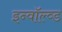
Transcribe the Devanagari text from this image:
इन्वॉल्व्ड